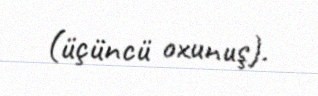
(üçüncü oxunuş).